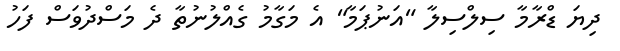
ދިޔަ ޑްރާމާ ސިލްސިލާ "އަނުޕަމާ" އެ މަގާމު ގެއްލުނުތާ ދެ މަސްދުވަސް ފަހު